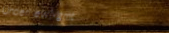
UnderNewMgmt